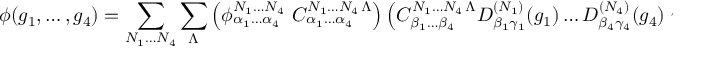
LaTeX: \phi ( g _ { 1 } , \ldots , g _ { 4 } ) = \sum _ { N _ { 1 } \ldots N _ { 4 } } \sum _ { \Lambda } \left( \phi _ { \alpha _ { 1 } \ldots \alpha _ { 4 } } ^ { N _ { 1 } \ldots N _ { 4 } } \ C _ { \alpha _ { 1 } \ldots \alpha _ { 4 } } ^ { N _ { 1 } \ldots N _ { 4 } \, \Lambda } \right) \left( { C } _ { \beta _ { 1 } \ldots \beta _ { 4 } } ^ { N _ { 1 } \ldots N _ { 4 } \, \Lambda } D _ { \beta _ { 1 } \gamma _ { 1 } } ^ { ( N _ { 1 } ) } ( g _ { 1 } ) \ldots D _ { \beta _ { 4 } \gamma _ { 4 } } ^ { ( N _ { 4 } ) } ( g _ { 4 } ) \ w _ { \gamma _ { 1 } } \ldots w _ { \gamma _ { 4 } } \ \right) ,